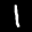
Label: 1